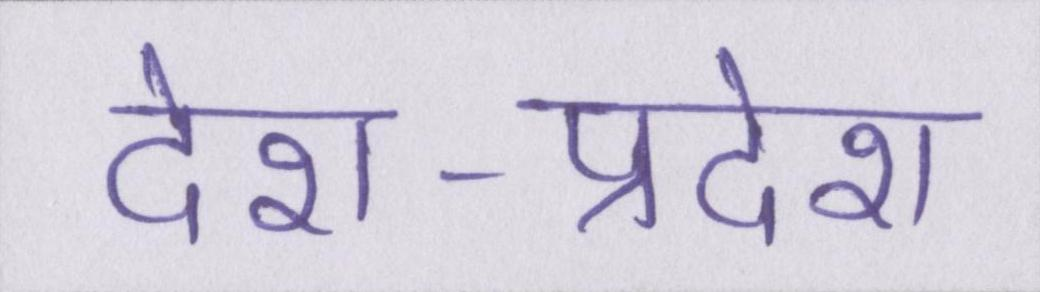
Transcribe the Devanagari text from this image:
देश-प्रदेश